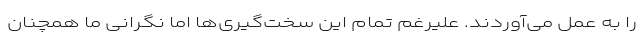
را به عمل می‌آوردند. علیرغم تمام این سخت‌گیری‌ها اما نگرانی ما همچنان